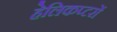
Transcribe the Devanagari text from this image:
हेलिकप्टरों